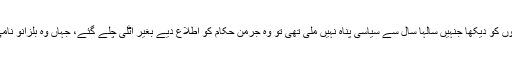
مگر جرمنی میں جب انہوں نے ایسے لوگوں کو دیکھا جنہیں سالہا سال سے سیاسی پناہ نہیں ملی تھی تو وہ جرمن حکام کو اطلاع دیے بغیر اٹلی چلے گئے، جہاں وہ بلزانو نامی شہر میں داخل ہوتے ہوئے پکڑے گئے۔